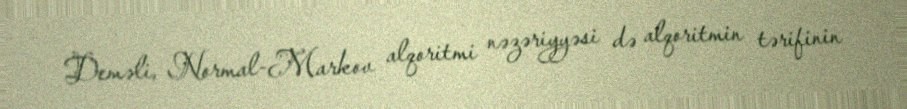
Deməli, Normal-Markov alqoritmi nəzəriyyəsi də alqoritmin tərifinin